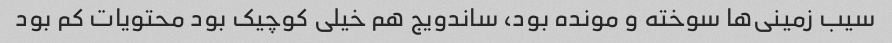
سیب زمینی‌ها سوخته و مونده بود، ساندویج هم خیلی کوچیک بود محتویات کم بود